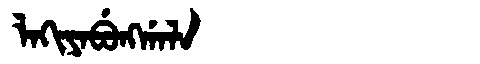
Manchu: ᠯᠠᡴᡳᠶᠠᠪᡠᠩᡤᠠᠯᠠ
Romanization: LAKIYABUNGGALA